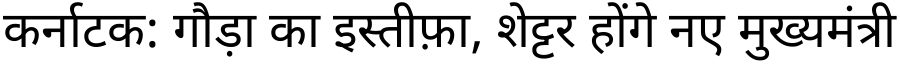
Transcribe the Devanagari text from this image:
कर्नाटक: गौड़ा का इस्तीफ़ा, शेट्टर होंगे नए मुख्यमंत्री